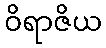
ဝိရာဇိယ